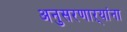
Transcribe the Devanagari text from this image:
अनुसरणाऱ्यांना